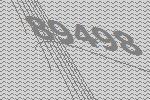
89498